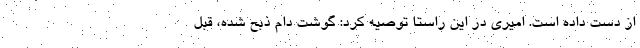
از دست داده است. امیری در این راستا توصیه کرد: گوشت دام ذبح شده، قبل